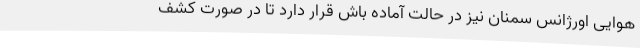
هوایی اورژانس سمنان نیز در حالت آماده باش قرار دارد تا در صورت کشف